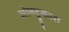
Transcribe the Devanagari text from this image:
ओनट्टुकारा